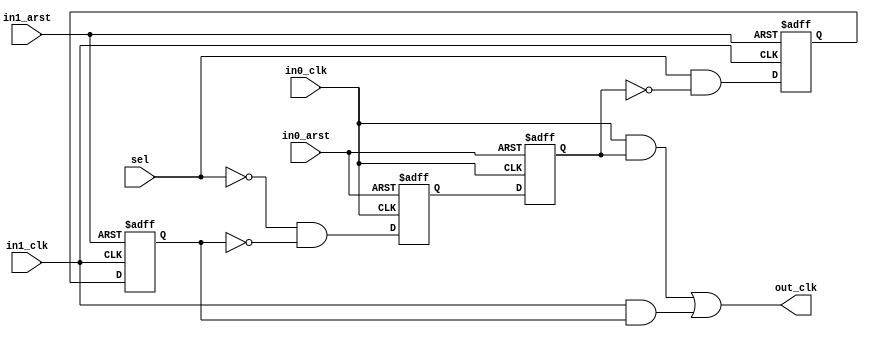
// Copyright 2019 Google LLC
//
// Licensed under the Apache License, Version 2.0 (the "License");
// you may not use this file except in compliance with the License.
// You may obtain a copy of the License at
//
//     https://www.apache.org/licenses/LICENSE-2.0
//
// Unless required by applicable law or agreed to in writing, software
// distributed under the License is distributed on an "AS IS" BASIS,
// WITHOUT WARRANTIES OR CONDITIONS OF ANY KIND, either express or implied.
// See the License for the specific language governing permissions and
// limitations under the License.
//
// -----------------------------------------------------------------
// Clock Mux
// -----------------------------------------------------------------
// Glitch free clock switching for unrelated clocks.
//
// implementation based on this article:
// http://www.eetimes.com/document.asp?doc_id=1202359
//
// -----------------------------------------------------------------
module clk_mux (
  input  in0_clk,
  input  in0_arst,
  input  in1_clk,
  input  in1_arst,
  input  sel,
  output out_clk);

  reg    sync0_p, sync0_n;
  reg    sync1_p, sync1_n;

  always @(posedge in0_clk or posedge in0_arst) begin
    if (in0_arst)
      sync0_p <= 1'b0;
    else
      sync0_p <= ~sel & ~sync1_n;
  end
  always @(negedge in0_clk or posedge in0_arst) begin
    if (in0_arst)
      sync0_n <= 1'b0;
    else
      sync0_n <= sync0_p;
  end

  always @(posedge in1_clk or posedge in1_arst) begin
    if (in1_arst)
      sync1_p <= 1'b0;
    else
      sync1_p <= sel & ~sync0_n;
  end
  always @(negedge in1_clk or posedge in1_arst) begin
    if (in1_arst)
      sync1_n <= 1'b0;
    else
      sync1_n <= sync1_p;
  end

  assign out_clk = (in0_clk & sync0_n) | (in1_clk & sync1_n);

endmodule